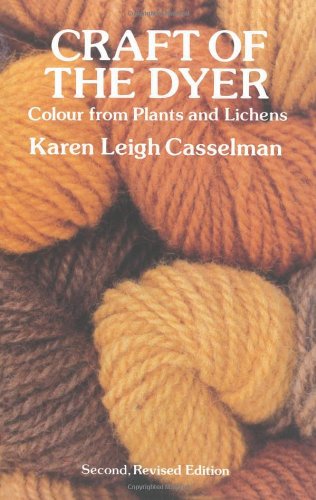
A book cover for Craft of the Dyer: Colour from Plants and Lichens; Karen Leigh Casselman; Crafts, Hobbies & Home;